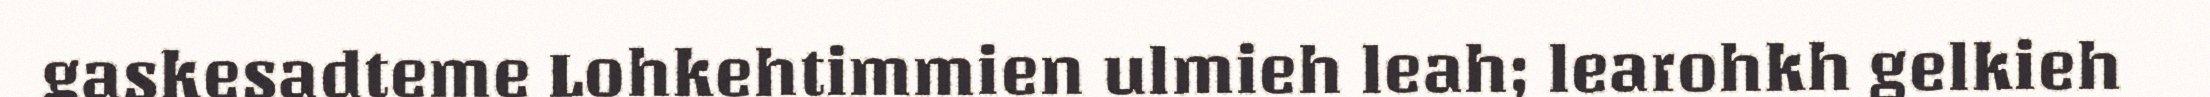
gaskesadteme Lohkehtimmien ulmieh leah; learohkh gelkieh